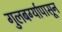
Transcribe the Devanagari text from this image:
गुलबर्ग्यापासून